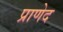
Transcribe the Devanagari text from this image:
प्राणेद